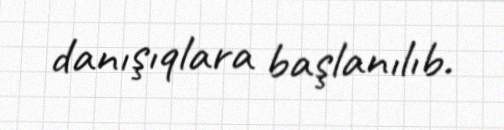
danışıqlara başlanılıb.